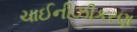
ચાઈનીઝીકરણ